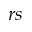
r s